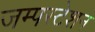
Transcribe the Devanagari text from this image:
जम्पस्टेशन